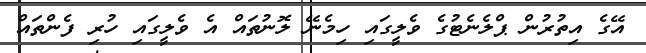
އޭގެ އިތުރުން ޕްލެނެޓުގެ ވެލީގައި ހިމެނޭ ލޮނުތައް އެ ވެލީގައި ހުރި ފެންތައް